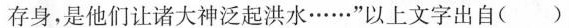
存身，是他们让诸大神泛起洪水……”以上文字出自()